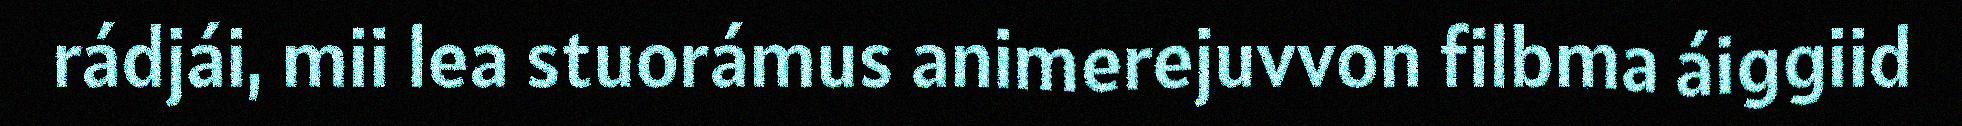
rádjái, mii lea stuorámus animerejuvvon filbma áiggiid